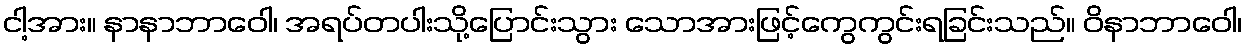
ငါ့အား။ နာနာဘာဝေါ၊ အရပ်တပါးသို့ပြောင်းသွား သောအားဖြင့်ကွေကွင်းရခြင်းသည်။ ဝိနာဘာဝေါ၊